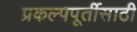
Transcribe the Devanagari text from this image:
प्रकल्पपूर्तीसाठी